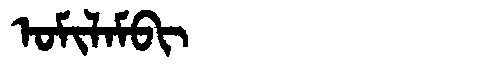
Manchu: ᠣᠮᡳᠯᠠᠮᠪᡳ
Romanization: OMILAMBI